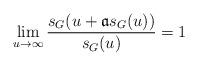
LaTeX: \begin{align*}\lim\limits_{u\to\infty}\frac{s_G(u+\mathfrak{a}s_G(u))}{s_G(u)}=1\end{align*}